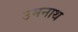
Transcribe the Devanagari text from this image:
उमनाथ